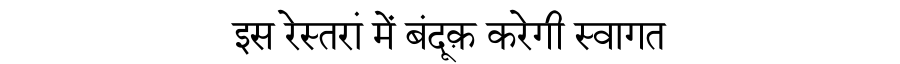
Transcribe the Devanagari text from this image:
इस रेस्तरां में बंदूक़ करेगी स्वागत